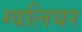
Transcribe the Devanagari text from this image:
ग्वलियर